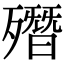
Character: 𣩳